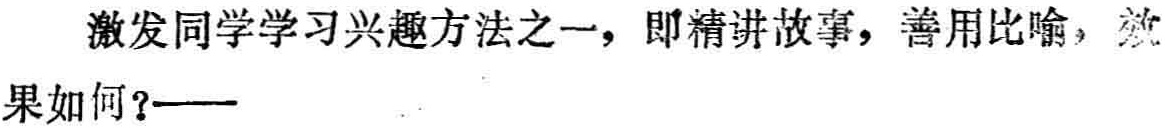
激发同学学习兴趣方法之一，即精讲故事，善用比喻，效果如何？——